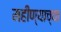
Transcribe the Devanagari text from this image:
महीण्याच्या